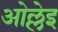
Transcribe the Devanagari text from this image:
ओल्लेइ